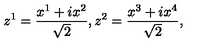
z ^ { 1 } = { \frac { x ^ { 1 } + i x ^ { 2 } } { \sqrt { 2 } } } , z ^ { 2 } = { \frac { x ^ { 3 } + i x ^ { 4 } } { \sqrt { 2 } } } ,